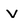
Character: v